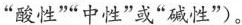
“酸性”“中性”或“碱性”）。